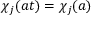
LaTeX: \chi _ { j } ( a t ) = \chi _ { j } ( a )